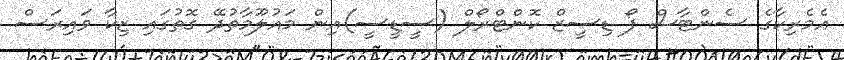
އެމެރިކާގެ ސެންޓާސް ފޯ ޑިސީޒް ކޮންޓްރޯލް (ސީޑީސީ)އިން މައުލޫމާތުދޭ ގޮތުގައި ޒިކާ ވައިރަސް